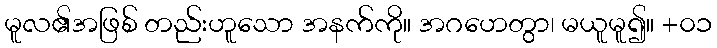
မူလ၏အဖြစ် တည်းဟူသော အနက်ကို။ အဂဟေတွာ၊ မယူမူ၍။ +၀၁